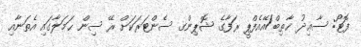
ފޮޓޯ: ސާޢިދު ޚާޠިބް/އޭއެފްޕީ ރަފާގެ ޝޮޕިންގ ސެންޓަރަކަށް ރޭ ސިން ޙަމަލާގައި އެތަނާއި